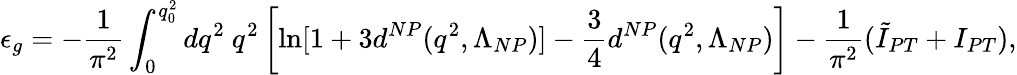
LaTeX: \epsilon_{g}=-{\frac{1}{\pi^{2}}}\int_{0}^{q_{0}^{2}}dq^{2}\ q^{2}\left[\ln[1+3d^{NP}(q^{2},\Lambda_{NP})]-{\frac{3}{4}}d^{NP}(q^{2},\Lambda_{NP})\right]-{\frac{1}{\pi^{2}}}(\tilde{I}_{PT}+I_{PT}),